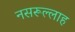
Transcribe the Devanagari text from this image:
नसरूल्लाह